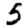
Digit: 5